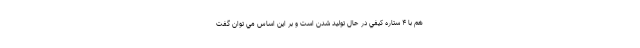
هم با ۴ ستاره كيفي در حال توليد شدن است و بر اين اساس مي توان گفت